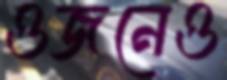
ওজনেও